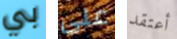
بي على أعتقد